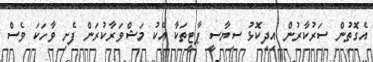
އެގޮތުން ސަރުކާރުން އިދިކޮޅު ސިޔާސީ ޕާޓީތަކާ އެކު މަޝްވަރާކުރަން ފެށި ވާހަކަ ވެސް